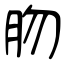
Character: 肳